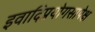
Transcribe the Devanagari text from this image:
इवादिप्रयोगसापेक्ष